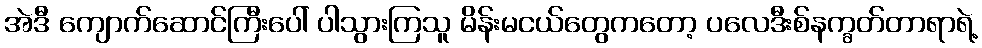
အဲဒီ ကျောက်ဆောင်ကြီးပေါ် ပါသွားကြသူ မိန်းမငယ်တွေကတော့ ပလေဒီးစ်နက္ခတ်တာရာရဲ့